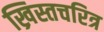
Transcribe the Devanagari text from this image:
ख्रिस्तचरित्र